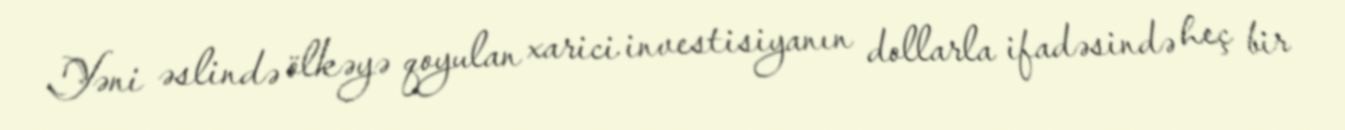
Yəni əslində ölkəyə qoyulan xarici investisiyanın dollarla ifadəsində heç bir